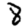
Digit: 8